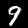
Label: 9